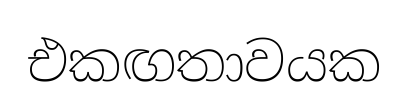
එකඟතාවයක